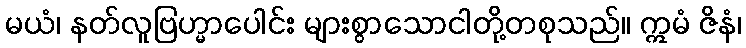
မယံ၊ နတ်လူဗြဟ္မာပေါင်း များစွာသောငါတို့တစုသည်။ ဣမံ ဇိနံ၊